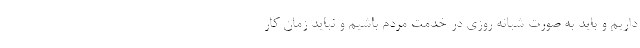
داریم و باید به صورت شبانه روزی در خدمت مردم باشیم و نباید زمان کار